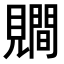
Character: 𧢑